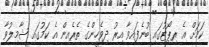
ކަމަށް އެ ރިޕޯޓުގައި ބުނެފައިވާ އިރު ދިވެހީންގެ ތެރެއިން އެ ކަމުގައި ޝާމިލުވާ